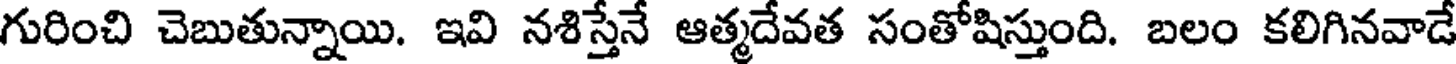
గురించి చెబుతున్నాయి. ఇవి నశిస్తేనే ఆత్మదేవత సంతోషిస్తుంది. బలం కలిగినవాడే